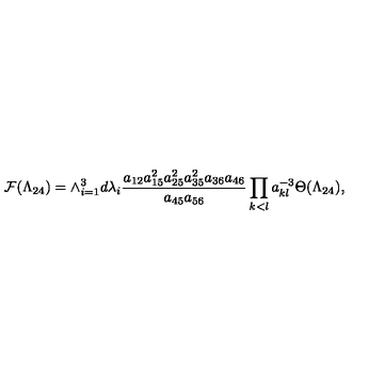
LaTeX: { \cal F } ( \Lambda _ { 2 4 } ) = \wedge _ { i = 1 } ^ { 3 } d \lambda _ { i } \frac { a _ { 1 2 } a _ { 1 5 } ^ { 2 } a _ { 2 5 } ^ { 2 } a _ { 3 5 } ^ { 2 } a _ { 3 6 } a _ { 4 6 } } { a _ { 4 5 } a _ { 5 6 } } \prod _ { k < l } a _ { k l } ^ { - 3 } \Theta ( \Lambda _ { 2 4 } ) ,